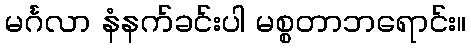
မင်္ဂလာ နံနက်ခင်းပါ မစ္စတာဘရောင်း။